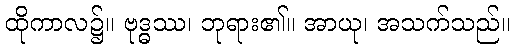
ထိုကာလ၌။ ဗုဒ္ဓဿ၊ ဘုရား၏။ အာယု၊ အသက်သည်။